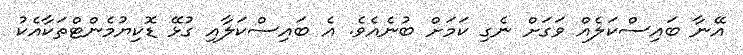
އޭނާ ބައިސްކަލެއް ވަގަަށް ނެގި ކަމަށް ބުނެއެވެ. އެ ބައިސްކަލާއި ގުޅޭ ޑޮކިޔުމެންޓްތަކާއެކު